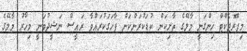
މިޕްރޮޖެކްޓް ހިންގަނީ މާލޭގެ ތާށިކަން ކުޑަކުރަންކަން ފާހަގަކުރައްވާ ރައީސް ނަޝީދުވަނީ މިހާރު މާލޭގެ